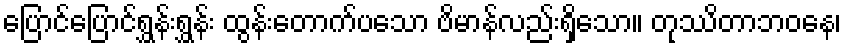
ပြောင်ပြောင်ရွှန်းရွှန်း ထွန်းတောက်ပသော ဗိမာန်လည်းရှိသော။ တုဿိတာဘဝနေ၊